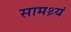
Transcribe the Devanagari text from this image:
सामथ्र्यं